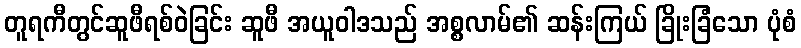
တူရကီတွင်ဆူဖီရစ်ဝဲခြင်း ဆူဖီ အယူဝါဒသည် အစ္စလာမ်၏ ဆန်းကြယ် ခြိုးခြံသော ပုံစံ